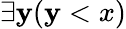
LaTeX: \exists\mathbf{y}(\mathbf{y}<x)